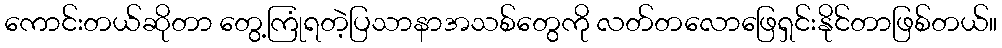
ကောင်းတယ်ဆိုတာ တွေ့ကြုံရတဲ့ပြသာနာအသစ်တွေကို လတ်တလောဖြေရှင်းနိုင်တာဖြစ်တယ်။